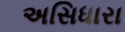
અસિધારા